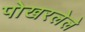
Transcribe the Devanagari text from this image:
पोखरलेले